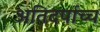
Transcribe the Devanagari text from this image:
अतिदर्पाच्च